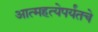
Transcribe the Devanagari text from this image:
आत्महत्येपर्यंतचे